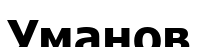
Уманов